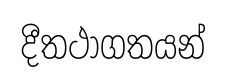
දීතථාගතයන්